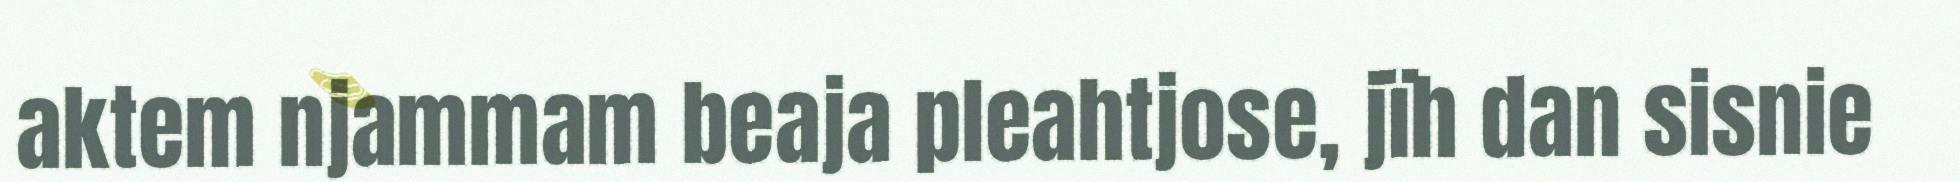
aktem njammam beaja pleahtjose, jïh dan sisnie